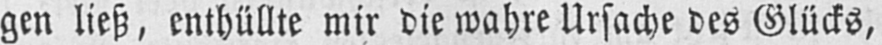
gen ließ, enthüllte mir die wahre Ursache des Glücks,